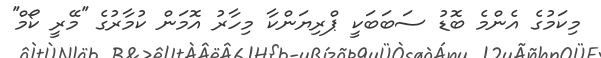
މިކަމުގެ އެންމެ ބޮޑު ސަބަބަކީ ޕްރިޔަންކާ މިހާރު އޮމަން ކުމާރުގެ ''މޭރީ ކޯމް''